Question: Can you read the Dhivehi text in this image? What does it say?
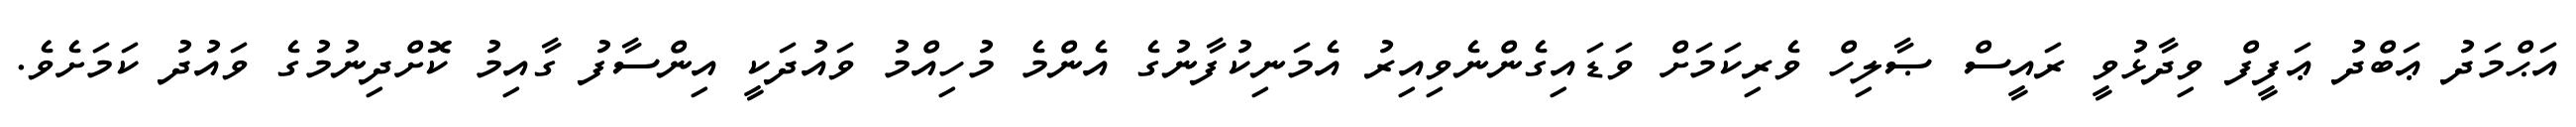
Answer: އަޙްމަދު ޢަބްދު ޢަފީފް ވިދާޅުވީ ރައީސް ޞާލިހް ވެރިކަމަށް ވަޑައިގެންނެވިއިރު އެމަނިކުފާނުގެ އެންމެ މުހިއްމު ވައުދަކީ އިންސާފު ގާއިމު ކޮށްދިނުމުގެ ވައުދު ކަމަށެވެ.